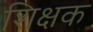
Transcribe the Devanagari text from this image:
शिक्षक